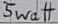
Text: 5Watt